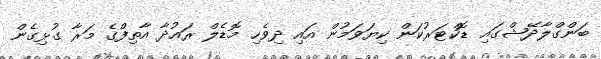
ބަންގްލާދޭޝްގައި ޑޮކްޓަރުކަން ކިޔަވަމުން އައި ދިވެހި މޮޑެލް ރައުދާ އާތިފްގެ މަރާ ގުޅިގެން